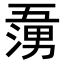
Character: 𭱷